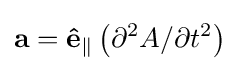
\mathbf {a} =\mathbf {\hat {e}} _{\parallel }\left(\partial ^{2}A/\partial t^{2}\right)\,\!